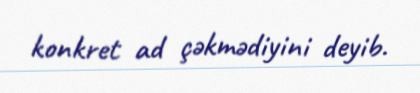
konkret ad çəkmədiyini deyib.